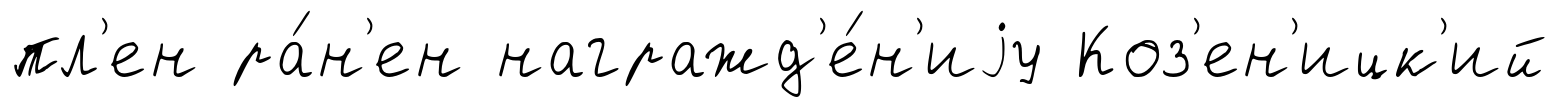
пл'ен ра́н'ен награжд'е́н'иjу Коз'ен'ицк'ий